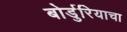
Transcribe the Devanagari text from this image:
बोर्डुरियाचा